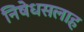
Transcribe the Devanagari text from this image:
निषेधसलाह